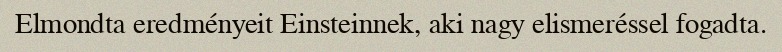
Elmondta eredményeit Einsteinnek, aki nagy elismeréssel fogadta.